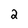
Character: 2